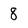
Character: 8